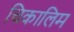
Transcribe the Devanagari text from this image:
चिकालिम